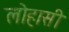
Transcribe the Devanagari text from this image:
लोहासी